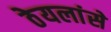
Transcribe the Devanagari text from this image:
ठेयलांसे